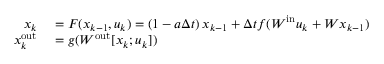
\begin{array} { r l } { x _ { k } } & { { } = F ( x _ { k - 1 } , u _ { k } ) = \left( 1 - a \Delta t \right) x _ { k - 1 } + \Delta t f ( W ^ { \mathrm { i n } } u _ { k } + W x _ { k - 1 } ) } \\ { x _ { k } ^ { \mathrm { o u t } } } & { { } = g ( W ^ { \mathrm { o u t } } [ x _ { k } ; u _ { k } ] ) } \end{array}